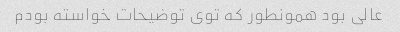
عالی بود همونطور که توی توضیحات خواسته بودم